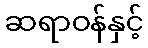
ဆရာဝန်နှင့်